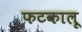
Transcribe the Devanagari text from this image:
फटकालू